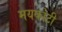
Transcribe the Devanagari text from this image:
मयकोटी